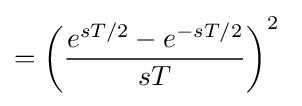
=\left({\frac {e^{sT/2}-e^{-sT/2}}{sT}}\right)^{2}\